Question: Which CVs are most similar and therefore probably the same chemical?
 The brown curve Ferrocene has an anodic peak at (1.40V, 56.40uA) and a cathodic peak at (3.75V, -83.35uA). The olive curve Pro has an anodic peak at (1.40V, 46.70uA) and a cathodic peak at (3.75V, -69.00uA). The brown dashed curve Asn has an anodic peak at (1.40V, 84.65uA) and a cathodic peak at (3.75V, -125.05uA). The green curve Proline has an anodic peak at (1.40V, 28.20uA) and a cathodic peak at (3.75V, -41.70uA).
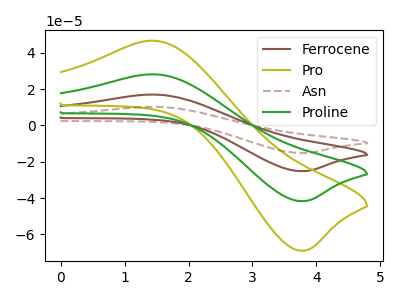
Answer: <think>All the peaks in "Ferrocene" have a peak in "Pro" at the same potential. Every peak in "Ferrocene" is higher than every peak in "Pro". All the peaks in "Ferrocene" have a peak in "Asn" at the same potential. Every peak in "Ferrocene" is lower than every peak in "Asn". All the peaks in "Ferrocene" have a peak in "Proline" at the same potential. Every peak in "Ferrocene" is higher than every peak in "Proline". All the peaks in "Pro" have a peak in "Asn" at the same potential. Every peak in "Pro" is lower than every peak in "Asn". All the peaks in "Pro" have a peak in "Proline" at the same potential. Every peak in "Pro" is higher than every peak in "Proline". All the peaks in "Asn" have a peak in "Proline" at the same potential. Every peak in "Asn" is higher than every peak in "Proline".
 </think>
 <answer>"Pro", "Ferrocene", "Asn" and "Proline" have the same shape and are likely CV's of the same chemical.</answer>
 <eval>"Pro" "Ferrocene" "Asn" "Proline"</eval>